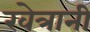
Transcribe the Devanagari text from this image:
खेत्रानी